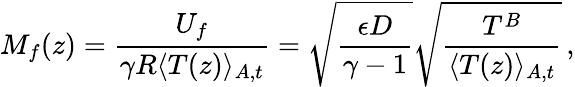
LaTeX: M_{f}(z)=\frac{U_{f}}{\gamma R\langle T(z)\rangle_{A,t}}=\sqrt{\frac{\epsilon D}{\gamma-1}}\sqrt{\frac{T^{B}}{\langle T(z)\rangle_{A,t}}}\, ,